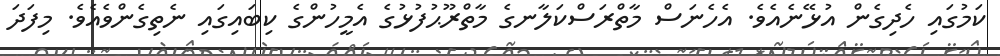
ކަމުގައި ހެދިގެން އުޅޭނެއެވެ. އެހެނަސް މާތްރަސްކަލާނގެ މާތްރޫޙުފުޅުގެ އެމީހުންގެ ކިބައިގައި ނެތިގެންވެއެވެ. މިފަދަ